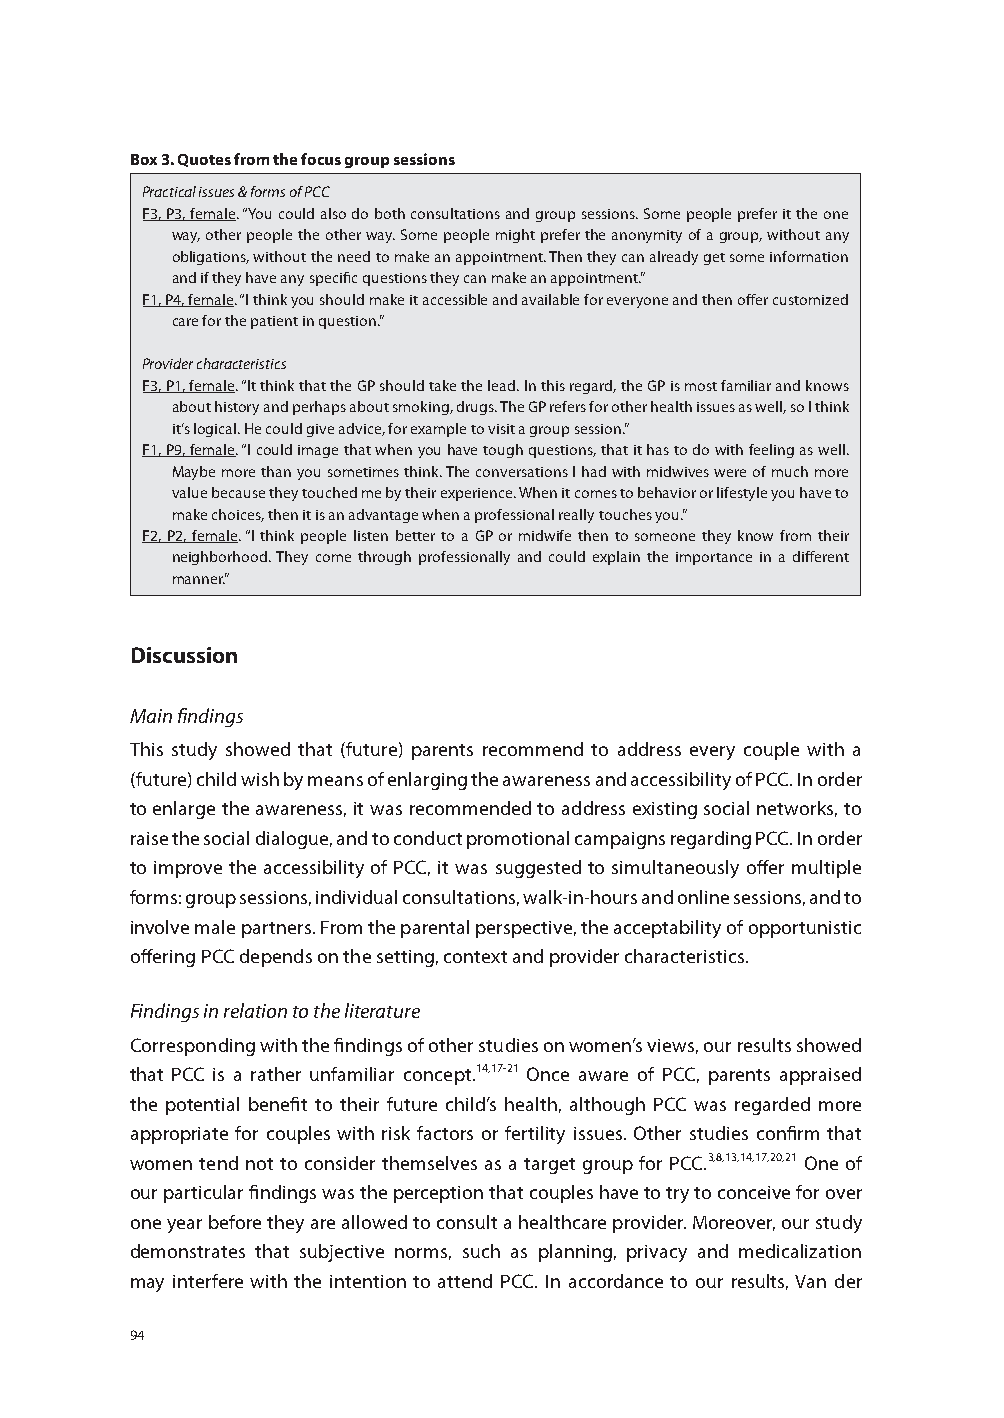
Box 3. Quotes from the focus group sessions
 Practical issues & forms of PCC
 F3, P3, female. “You could also do both consultations and group sessions. Some people prefer it the one
 way, other people the other way. Some people might prefer the anonymity of a group, without any
 obligations, without the need to make an appointment. Then they can already get some information
 and if they have any specific questions they can make an appointment.”
 F1, P4, female. “I think you should make it accessible and available for everyone and then offer customized
 care for the patient in question.”
 Provider characteristics
 F3, P1, female. “It think that the GP should take the lead. In this regard, the GP is most familiar and knows
 about history and perhaps about smoking, drugs. The GP refers for other health issues as well, so I think
 it‘s logical. He could give advice, for example to visit a group session.”
 F1, P9, female. “I could image that when you have tough questions, that it has to do with feeling as well.
 Maybe more than you sometimes think. The conversations I had with midwives were of much more
 value because they touched me by their experience. When it comes to behavior or lifestyle you have to
 make choices, then it is an advantage when a professional really touches you.”
 F2, P2, female. “I think people listen better to a GP or midwife then to someone they know from their
 neighborhood. They come through professionally and could explain the importance in a different
 manner.”
 Discussion
 Main findings
 This study showed that (future) parents recommend to address every couple with a
 (future) child wish by means of enlarging the awareness and accessibility of PCC. In order
 to enlarge the awareness, it was recommended to address existing social networks, to
 raise the social dialogue, and to conduct promotional campaigns regarding PCC. In order
 to improve the accessibility of PCC, it was suggested to simultaneously offer multiple
 forms: group sessions, individual consultations, walk-in-hours and online sessions, and to
 involve male partners. From the parental perspective, the acceptability of opportunistic
 offering PCC depends on the setting, context and provider characteristics.
 Findings in relation to the literature
 Corresponding with the findings of other studies on women’s views, our results showed
 that PCC is a rather unfamiliar concept.14,17-21 Once aware of PCC, parents appraised
 the potential benefit to their future child’s health, although PCC was regarded more
 appropriate for couples with risk factors or fertility issues. Other studies confirm that
 women tend not to consider themselves as a target group for PCC.3,8,13,14,17,20,21 One of
 our particular findings was the perception that couples have to try to conceive for over
 one year before they are allowed to consult a healthcare provider. Moreover, our study
 demonstrates that subjective norms, such as planning, privacy and medicalization
 may interfere with the intention to attend PCC. In accordance to our results, Van der
 94